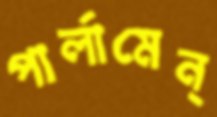
পার্লামেন্